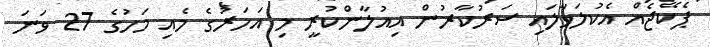
ޕެކޭޖެއް އެކުލަވާލައި ސަރުކާރުން އިއުލާންކުރީ މި އަހަރުގެ މެއި މަހުގެ 27 ވަނަ